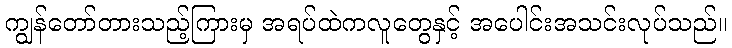
ကျွန်တော်တားသည့်ကြားမှ အရပ်ထဲကလူတွေနှင့် အပေါင်းအသင်းလုပ်သည်။